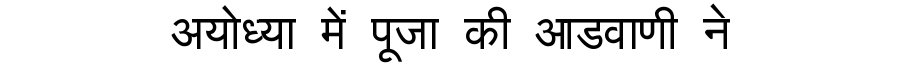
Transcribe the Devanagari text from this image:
अयोध्या में पूजा की आडवाणी ने